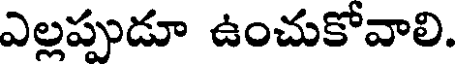
ఎల్లప్పుడూ ఉంచుకోవాలి.